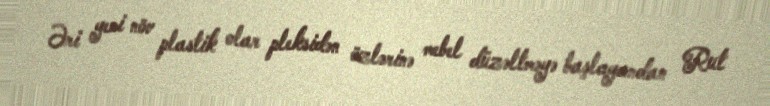
Əri yeni növ plastik olar pleksidən özlərinə mebel düzəltməyə başlayandan Rut